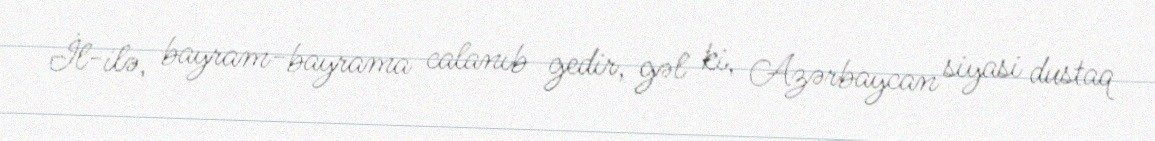
İl-ilə, bayram-bayrama calanıb gedir, gəl ki, Azərbaycan siyasi dustaq